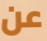
عن